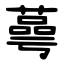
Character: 蕚